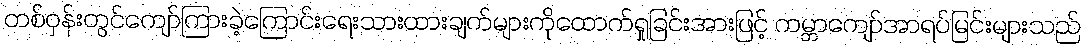
တစ်ဝှန်းတွင်ကျော်ကြားခဲ့ကြောင်းရေးသားထားချက်များကိုထောက်ရှုခြင်းအားဖြင့် ကမ္ဘာကျော်အာရပ်မြင်းများသည်